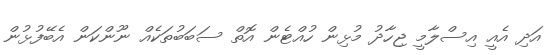
އަދި އެއީ އިސްލާމީ ޖިހާދު މުޅިން ހުއްޓެން އޮތް ސަބަބުތަކެއް ނޫންކަން އެބޭފުޅުން